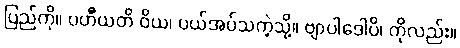
ပြည်ကို။ ပဟီယတိ ဝိယ၊ ပယ်အပ်သကဲ့သို့။ ဗျာပါဒေါပိ၊ ကိုလည်း။